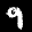
Label: 9